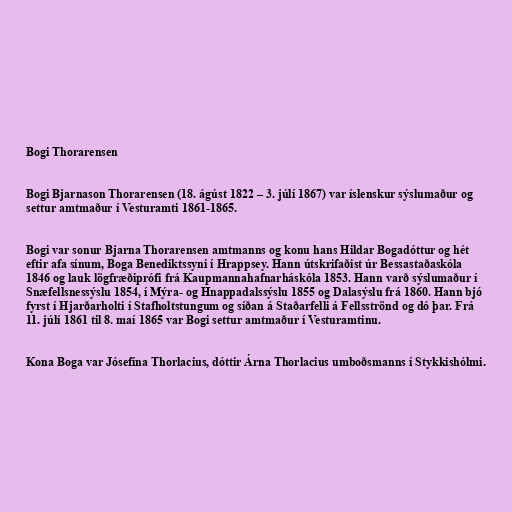
Bogi Thorarensen

Bogi Bjarnason Thorarensen (18. ágúst 1822 – 3. júlí 1867) var íslenskur sýslumaður og
settur amtmaður í Vesturamti 1861-1865.

Bogi var sonur Bjarna Thorarensen amtmanns og konu hans Hildar Bogadóttur og hét
eftir afa sínum, Boga Benediktssyni í Hrappsey. Hann útskrifaðist úr Bessastaðaskóla
1846 og lauk lögfræðiprófi frá Kaupmannahafnarháskóla 1853. Hann varð sýslumaður í
Snæfellsnessýslu 1854, í Mýra- og Hnappadalssýslu 1855 og Dalasýslu frá 1860. Hann bjó
fyrst í Hjarðarholti í Stafholtstungum og síðan á Staðarfelli á Fellsströnd og dó þar. Frá
11. júlí 1861 til 8. maí 1865 var Bogi settur amtmaður í Vesturamtinu.

Kona Boga var Jósefína Thorlacius, dóttir Árna Thorlacius umboðsmanns í Stykkishólmi.